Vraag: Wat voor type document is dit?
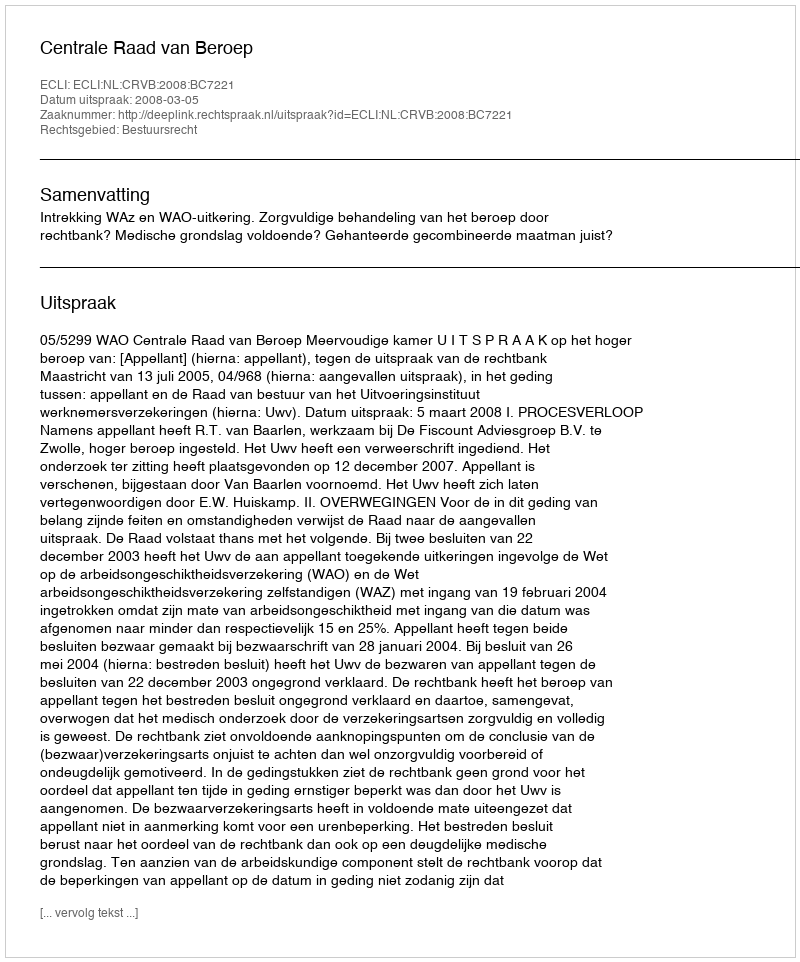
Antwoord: Uitspraak